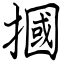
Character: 摑